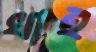
খাই